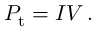
P _ { \mathrm { { t } } } = I V \, .